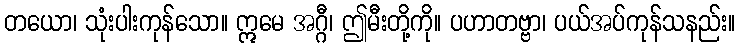
တယော၊ သုံးပါးကုန်သော။ ဣမေ အဂ္ဂီ၊ ဤမီးတို့ကို။ ပဟာတဗ္ဗာ၊ ပယ်အပ်ကုန်သနည်း။